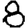
Digit: 8